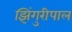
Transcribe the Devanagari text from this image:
झिंगुरीपाल